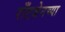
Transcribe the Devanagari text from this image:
राँटजेनच्या